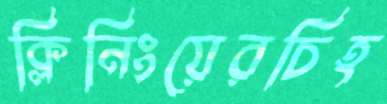
ক্লিনিংয়েরচিহ